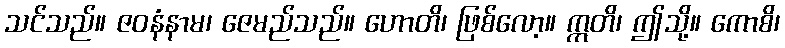
သင်သည်။ ဇဝနံနာမ၊ ဇေမည်သည်။ ဟောတိ၊ ဖြစ်လော့။ ဣတိ၊ ဤသို့။ ကောစိ၊